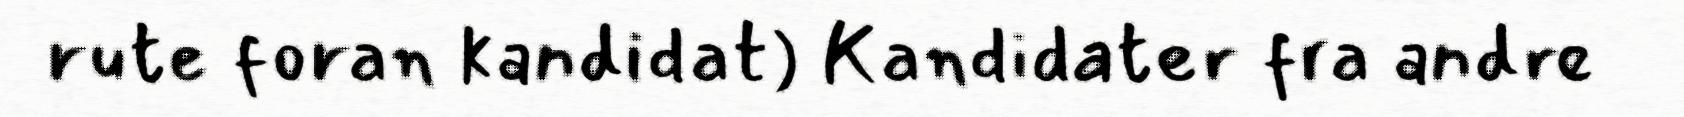
rute foran kandidat) Kandidater fra andre